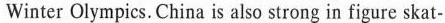
Winter Olympics.China is also strong in figure skat-